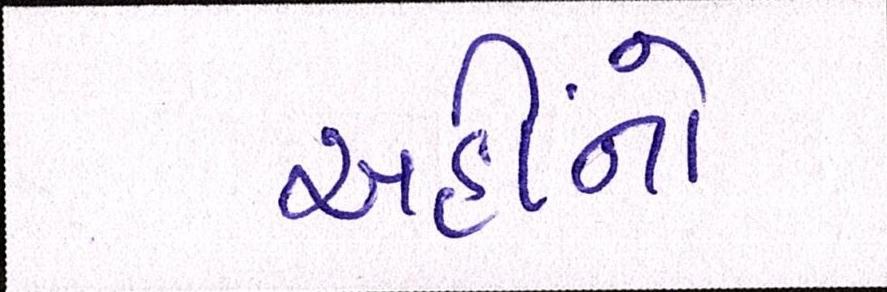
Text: અહીંનો